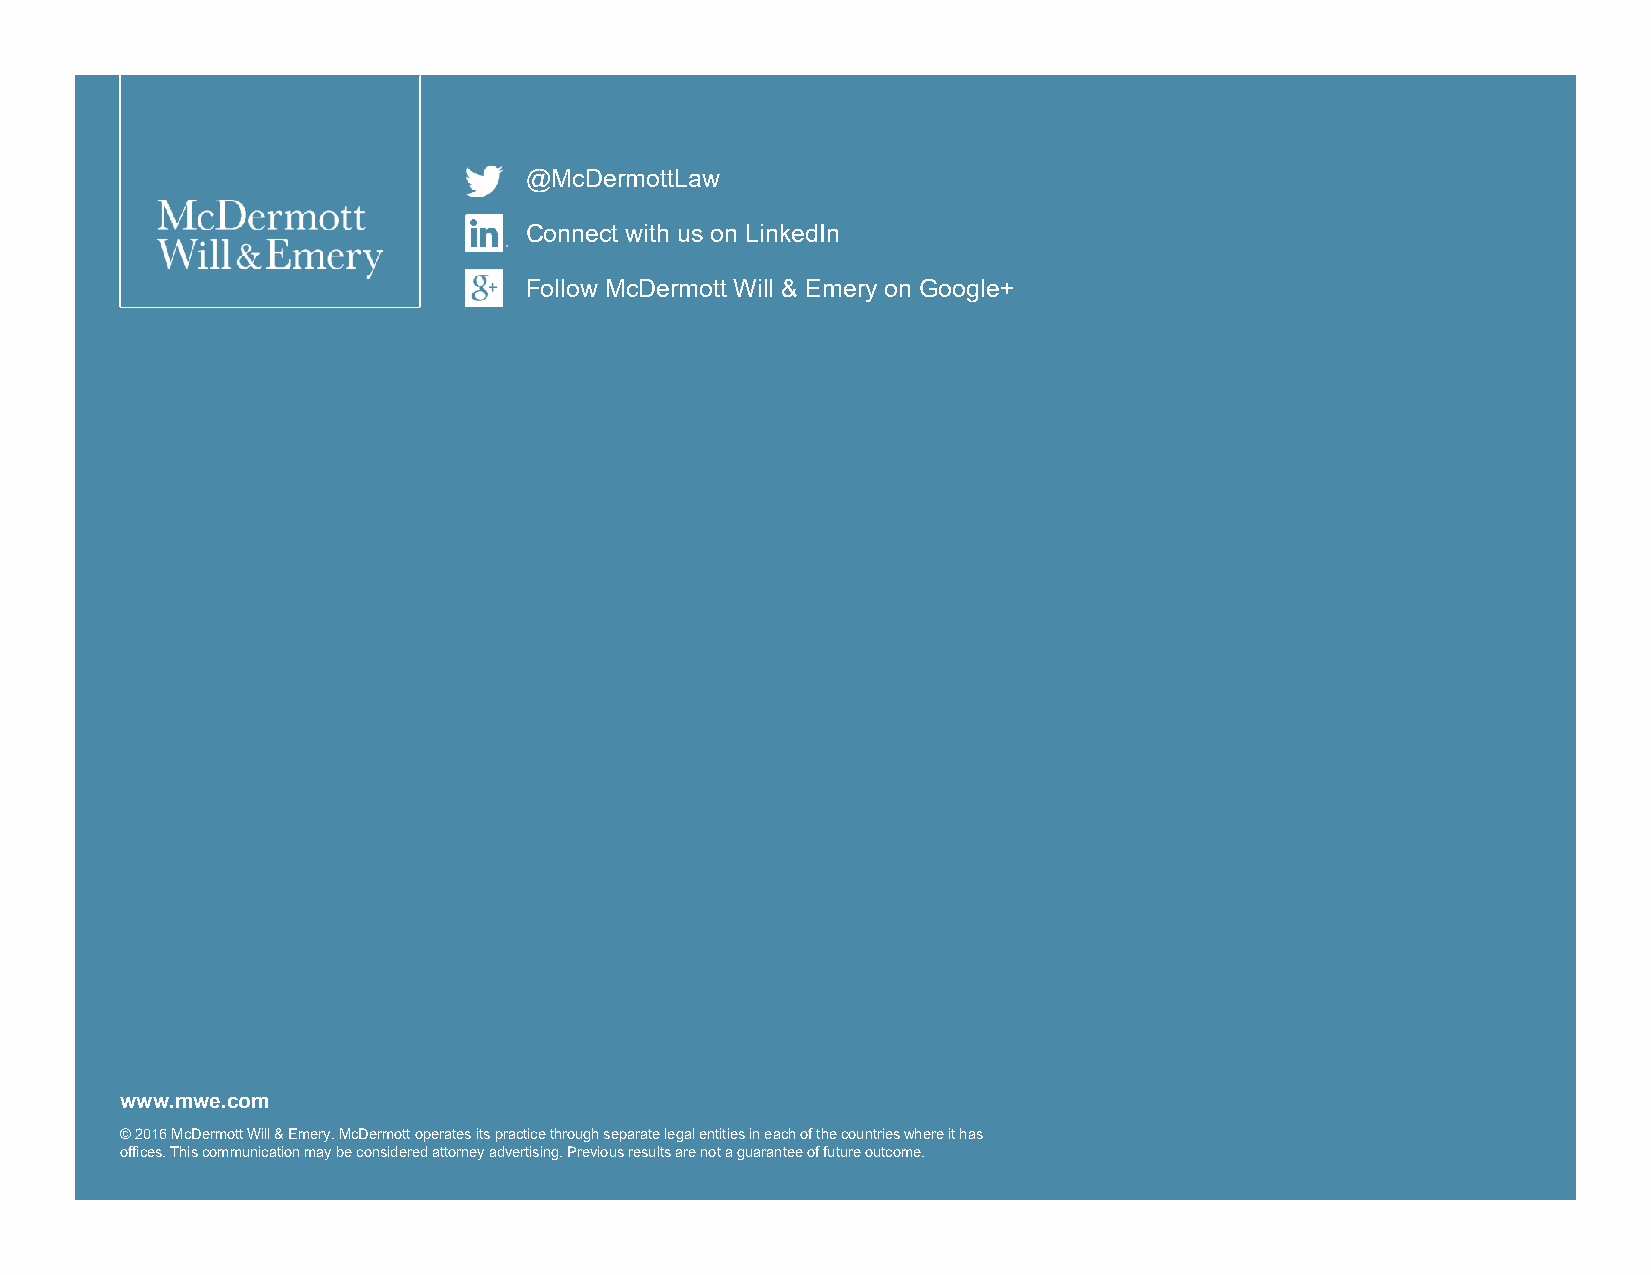
@McDermottLaw
 Connect with us on LinkedIn
 Follow McDermott Will & Emery on Google+
 www.mwe.com
 ©2016McDermott Will & Emery. McDermott operates its practice through separate legal entities in each of the countries where it has
 offices. This communication may be considered attorney advertising. Previous results are not a guarantee of future outcome.